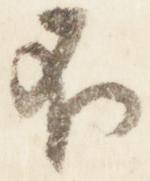
不